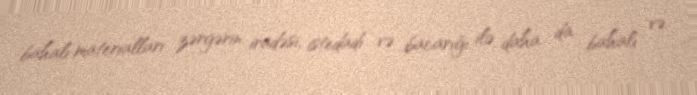
bahalı materialları zərgərin iradəsi, istedadı və bacarığı ilə daha da bahalı və